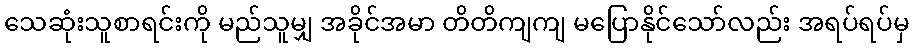
သေဆုံးသူစာရင်းကို မည်သူမျှ အခိုင်အမာ တိတိကျကျ မပြောနိုင်သော်လည်း အရပ်ရပ်မှ